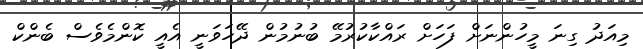
މިއަދު ގިނަ މީހުންނަށް ފަހަށް ރައްކާކުރުމޭ ބުނުމުން ދޭހަވަނީ އެއީ ކޮންމެވެސް ބެންކް